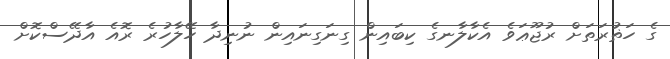
ގެ ހަޡުރަތަށް ރުޖޫޢަވެ އެކާލާނގެ ކިބައިން ގިނަގިނައިން ނުނިދާ ހޭލާހުރެ ރޮއެ އާދޭސްކޮށް